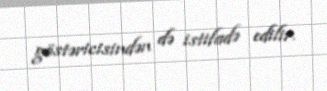
göstəricisindən də istifadə edilir.